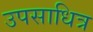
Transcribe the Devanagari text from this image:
उपसाधित्र